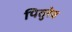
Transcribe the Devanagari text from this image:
पितुरेव